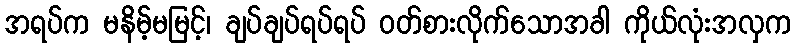
အရပ်က မနိမ့်မမြင့်၊ ချပ်ချပ်ရပ်ရပ် ဝတ်စားလိုက်သောအခါ ကိုယ်လုံးအလှက